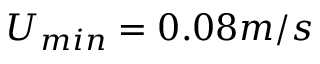
U _ { m i n } = 0 . 0 8 m / s